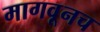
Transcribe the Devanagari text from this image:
मागवूनच